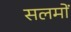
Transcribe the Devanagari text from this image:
सलमों